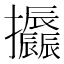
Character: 𢺪